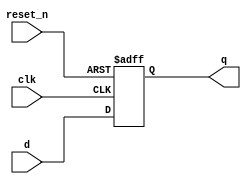
`timescale 1us/1ns 
module shift_reg_pipo(
  input reset_n,
  input clk,
  input [3:0] d,
  output reg [3:0] q
);
  
 // Async negative reset_n is used
  always @(posedge clk or negedge reset_n) begin 
    if (!reset_n) 
      q<= 4'b0;
    else 
      q[3:0]<=d[3:0];
   end
endmodule